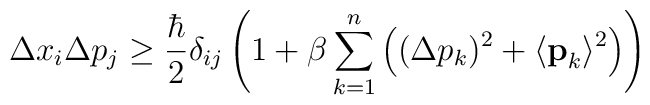
\Delta x_i \Delta p_j \ge \frac{\hbar}{2}\delta_{ij} \left(1 + \beta \sum_{k=1}^{n} \left( (\Delta p_k)^2 + \langle {\bf{p}}_k\rangle^2\right) \right)